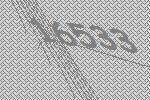
16533